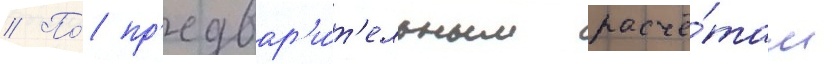
// По́ пр'едвар'и́т'ельным расчё́там